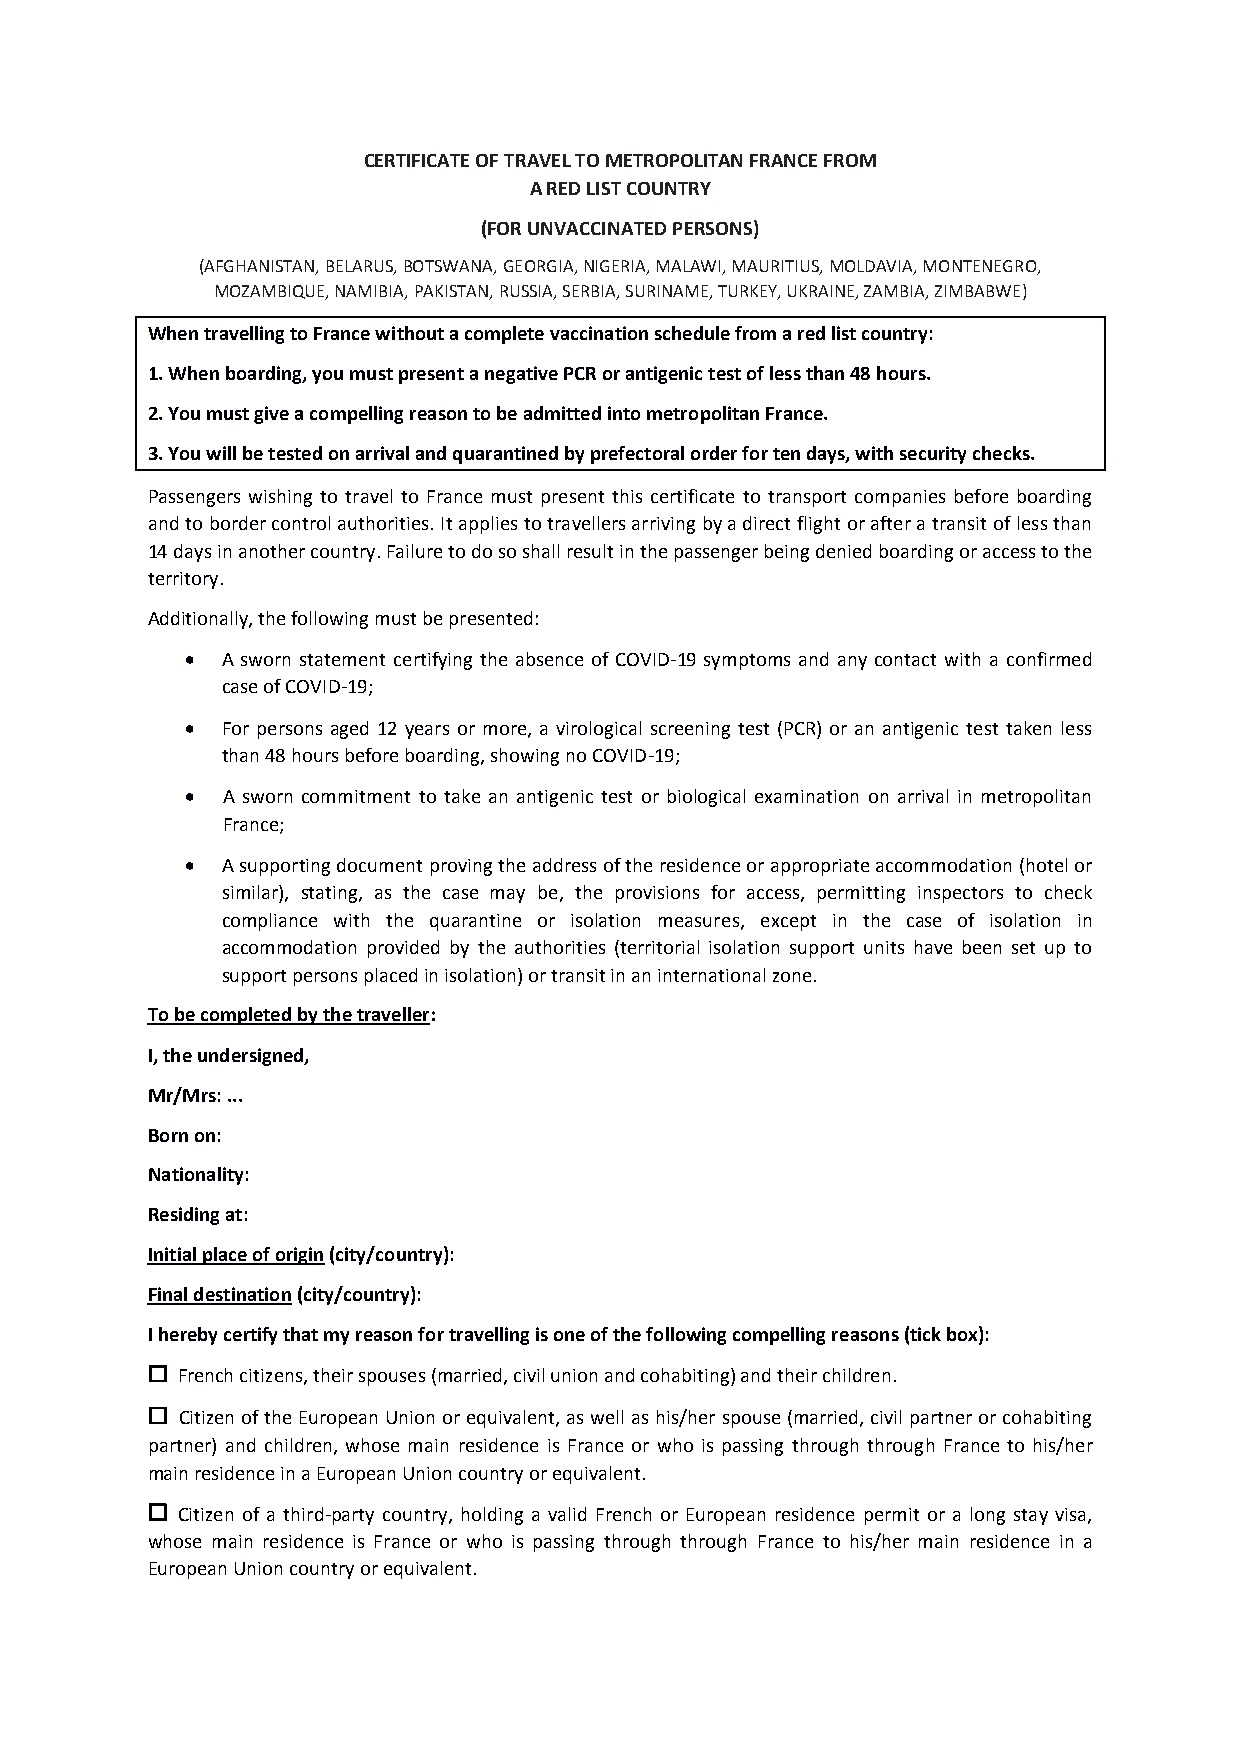
CERTIFICATE OF TRAVEL TO METROPOLITAN FRANCE FROM
 A RED LIST COUNTRY
 (FOR UNVACCINATED PERSONS)
 (AFGHANISTAN, BELARUS, BOTSWANA, GEORGIA, NIGERIA, MALAWI, MAURITIUS, MOLDAVIA, MONTENEGRO,
 MOZAMBIQUE, NAMIBIA, PAKISTAN, RUSSIA, SERBIA, SURINAME, TURKEY, UKRAINE, ZAMBIA, ZIMBABWE)
 When travelling to France without a complete vaccination schedule from a red list country:
 1. When boarding, you must present a negative PCR or antigenic test of less than 48 hours.
 2. You must give a compelling reason to be admitted into metropolitan France.
 3. You will be tested on arrival and quarantined by prefectoral order for ten days, with security checks.
 Passengers wishing to travel to France must present this certificate to transport companies before boarding
 and to border control authorities. It applies to travellers arriving by a direct flight or after a transit of less than
 14 days in another country. Failure to do so shall result in the passenger being denied boarding or access to the
 territory.
 Additionally, the following must be presented:
   A sworn statement certifying the absence of COVID-19 symptoms and any contact with a confirmed
 case of COVID-19;
   For persons aged 12 years or more, a virological screening test (PCR) or an antigenic test taken less
 than 48 hours before boarding, showing no COVID-19;
   A sworn commitment to take an antigenic test or biological examination on arrival in metropolitan
 France;
   A supporting document proving the address of the residence or appropriate accommodation (hotel or
 similar), stating, as the case may be, the provisions for access, permitting inspectors to check
 compliance with the quarantine or isolation measures, except in the case of isolation in
 accommodation provided by the authorities (territorial isolation support units have been set up to
 support persons placed in isolation) or transit in an international zone.
 To be completed by the traveller:
 I, the undersigned,
 Mr/Mrs: ...
 Born on:
 Nationality:
 Residing at:
 Initial place of origin (city/country):
 Final destination (city/country):
 I hereby certify that my reason for travelling is one of the following compelling reasons (tick box):
  French citizens, their spouses (married, civil union and cohabiting) and their children.
  Citizen of the European Union or equivalent, as well as his/her spouse (married, civil partner or cohabiting
 partner) and children, whose main residence is France or who is passing through through France to his/her
 main residence in a European Union country or equivalent.
  Citizen of a third-party country, holding a valid French or European residence permit or a long stay visa,
 whose main residence is France or who is passing through through France to his/her main residence in a
 European Union country or equivalent.